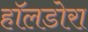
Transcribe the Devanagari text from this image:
हॉलडोरा